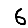
Digit: 6